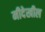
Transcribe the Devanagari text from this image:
मीदेखील